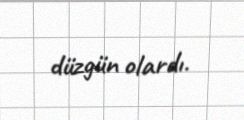
düzgün olardı.